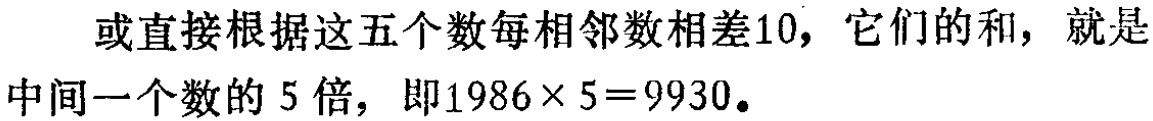
或直接根据这五个数每相邻数相差10，它们的和，就是中间一个数的 5 倍，即\(1986\times 5 = 9930\)。